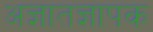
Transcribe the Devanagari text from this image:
अज्ञातज्ञापक